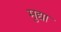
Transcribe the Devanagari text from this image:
मुद्या